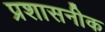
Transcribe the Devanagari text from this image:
प्रशासनीक